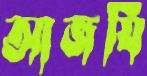
আজযি